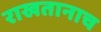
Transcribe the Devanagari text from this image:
राखतानाच